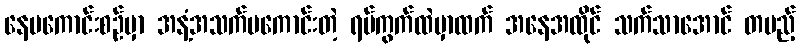
နေမကောင်းစဉ်မှာ အနံ့အသက်မကောင်းတဲ့ ရပ်ကွက်ထဲမှာထက် အနေအထိုင် သက်သာအောင် တပည့်